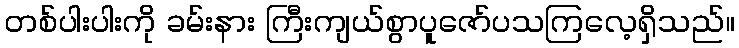
တစ်ပါးပါးကို ခမ်းနား ကြီးကျယ်စွာပူဇော်ပသကြလေ့ရှိသည်။